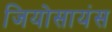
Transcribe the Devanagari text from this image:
जियोसायंस